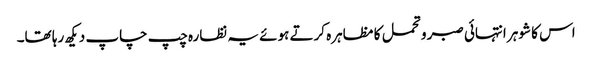
اس کا شوہر انتہائی صبر و تحمل کا مظاہرہ کرتے ہوئے یہ نظارہ چپ چاپ دیکھ رہا تھا۔